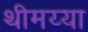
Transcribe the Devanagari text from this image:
थीमय्या